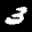
Label: 3